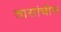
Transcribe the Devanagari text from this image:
तासांचीच